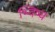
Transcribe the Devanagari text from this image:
भ्विष्य